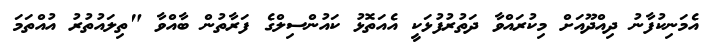
އެމަނިކުފާނު ދިއްދޫއަށް މިކުރައްވާ ދަތުރުފުޅަކީ އެއަތޮޅު ކައުންސިލްގެ ފަރާތުން ބާއްވާ "ތިލައުތުރު އުއްތަމަ